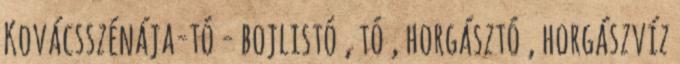
Kovácsszénája-tó - bojlistó , tó , horgásztó , horgászvíz